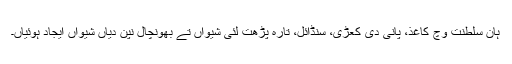
ہان سلطنت وچ کاغذ، پانی دی کعڑی، سنڈائل، تارہ پڑھت لئی شیواں تے بھونچال نپن دیاں شیواں ایجاد ہوئیاں۔